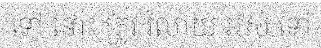
ទៅ នោះ ត្រូវ រំលាយ អស់ ទៅ